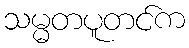
သမ္မတပူတင်က